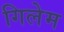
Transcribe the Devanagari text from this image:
गिलेम